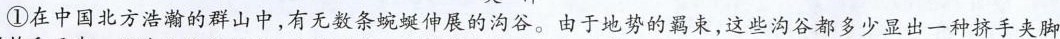
①在中国北方浩瀚的群山中，有无数条蜿蜒伸展的沟谷。由于地势的羁束，这些沟谷都多少显出一种挤手夹脚